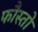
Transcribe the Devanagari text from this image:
फौस्तो